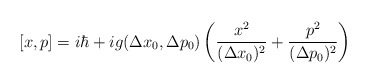
\begin{align*}[x,p] = i\hbar + i g( \Delta x_{0}, \Delta p_{0})\left( \frac{x^2}{(\Delta x_{0})^2}+ \frac{p^2}{(\Delta p_{0})^2}\right)\end{align*}